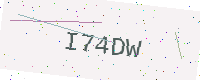
Text: I74DW